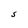
Character: S